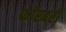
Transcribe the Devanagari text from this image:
फॉरबरी